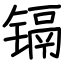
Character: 镉